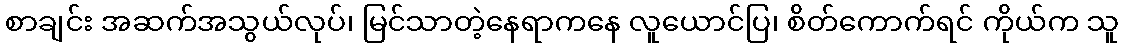
စာချင်း အဆက်အသွယ်လုပ်၊ မြင်သာတဲ့နေရာကနေ လူယောင်ပြ၊ စိတ်ကောက်ရင် ကိုယ်က သူ